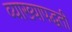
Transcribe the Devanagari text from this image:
व्याख्यापद्धती